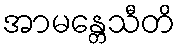
အာမန္တေသီတိ